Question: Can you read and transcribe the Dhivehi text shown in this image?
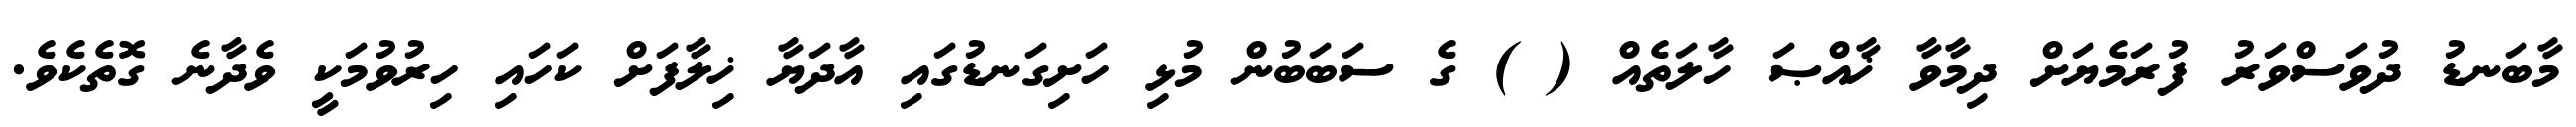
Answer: މާބަނޑު ދުވަސްވަރު ފުރަމެޔަށް ދިމާވާ ޚާއްޞަ ހާލަތެއް ( ) ގެ ސަބަބުން މުޅި ހަށިގަނޑުގައި އާދަޔާ ޚިލާފަށް ކަހައި ހިރުވުމަކީ ވެދާނެ ގޮތެކެވެ.